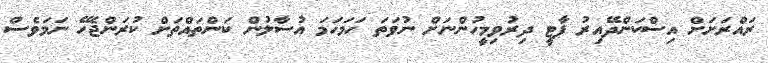
ރައްރަށަށް އިސްކަންދޭއިރު ޕާޓީ ދިރުވިމީހުންނަށް ނުވަތަ ހަމަހަމަ އުސާލުން ކަންތައްތަށް ކުރަންޖެހޭ ނަމަވެސް